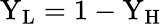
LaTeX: \mathrm{Y_{L}}=1-\mathrm{Y_{H}}